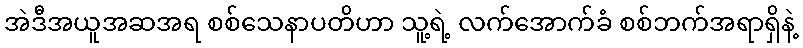
အဲဒီအယူအဆအရ စစ်သေနာပတိဟာ သူ့ရဲ့ လက်အောက်ခံ စစ်ဘက်အရာရှိနဲ့